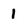
Character: 1